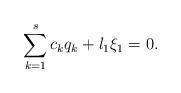
LaTeX: \begin{align*}\sum_{k=1}^s c_kq_k+l_1\xi_1=0.\end{align*}